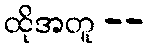
ထိုအတူ --